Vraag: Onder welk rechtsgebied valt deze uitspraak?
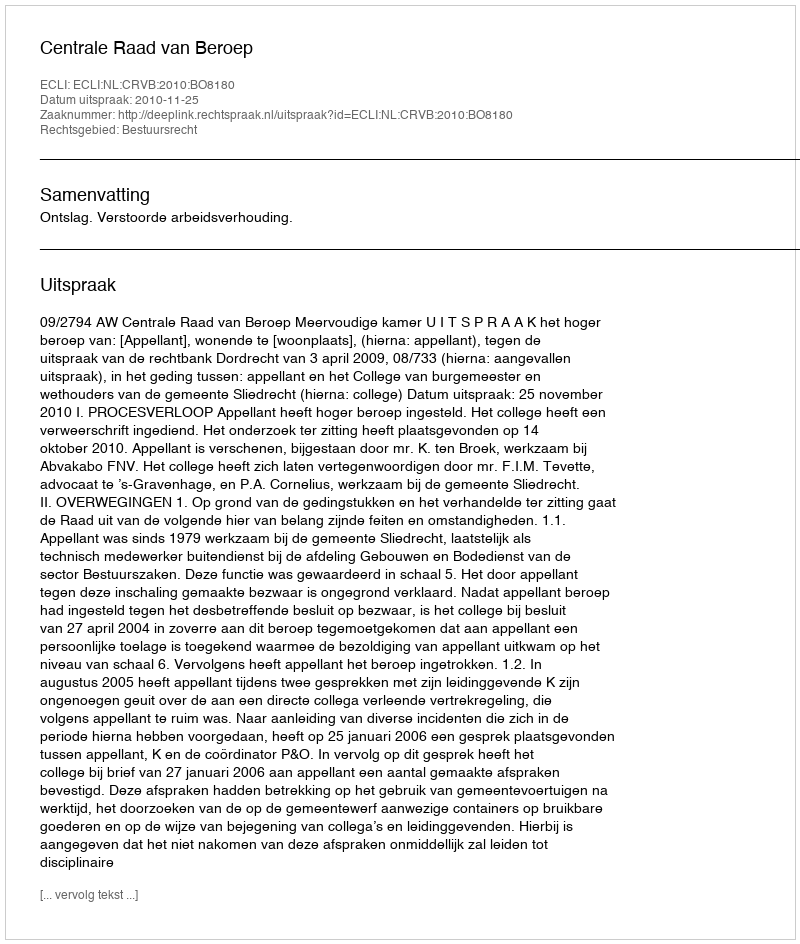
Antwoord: Bestuursrecht